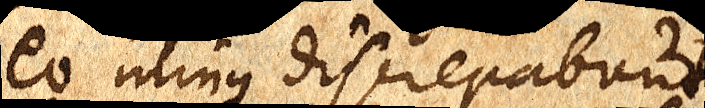
eo minus discrepabunt